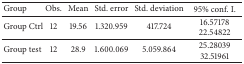
<table><thead><tr><td><b>Group</b></td><td><b>Obs.</b></td><td><b>Mean</b></td><td><b>Std. error</b></td><td><b>Std. deviation</b></td><td><b>95% conf. I.</b></td></tr></thead><tbody><tr><td>Group Ctrl</td><td>12</td><td>19.56</td><td>1.320.959</td><td>417.724</td><td>16.5717822.54822</td></tr><tr><td>Group test</td><td>12</td><td>28.9</td><td>1.600.069</td><td>5.059.864</td><td>25.2803932.51961</td></tr></tbody></table>